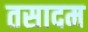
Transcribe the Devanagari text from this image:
तसादम